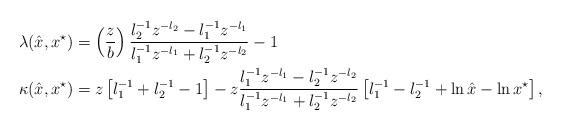
LaTeX: \begin{align*}\lambda(\hat{x},x^{\star})&= \left(\frac{z}{b}\right)\frac{l_2^{-1}z^{-l_2}-l_1^{-1}z^{-l_1}}{l_1^{-1}z^{-l_1}+l_2^{-1}z^{-l_2}}-1 \\\kappa(\hat{x},x^{\star})&=z\left[l_1^{-1}+l_2^{-1}-1\right]-z\frac{l_1^{-1}z^{-l_1}-l_2^{-1}z^{-l_2}}{l_1^{-1}z^{-l_1}+l_2^{-1}z^{-l_2}}\left[l_1^{-1}-l_2^{-1}+\ln{\hat{x}}-\ln{x^\star}\right],\end{align*}